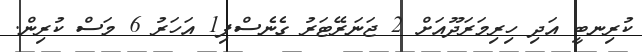
ކުރިނބީ އަދި ހިރިމަރަދޫއަށް 2 ޖަނަރޭޓަރު ގެނެސްފި1 އަހަރު 6 މަސް ކުރިން.